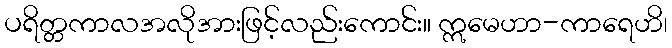
ပရိတ္တကာလအလိုအားဖြင့်လည်းကောင်း။ ဣမေဟာ-ကာရေဟိ၊